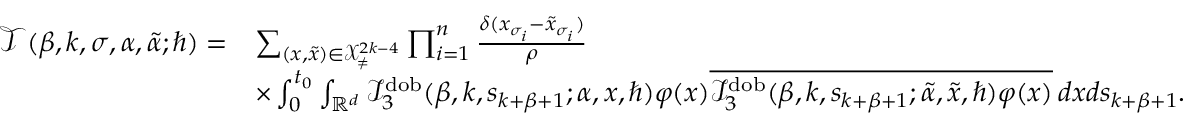
\begin{array} { r l } { \mathcal { T } ( \beta , k , \sigma , \alpha , \tilde { \alpha } ; \hbar ) = } & { \sum _ { ( \boldsymbol { x } , \boldsymbol { \tilde { x } } ) \in \mathcal { X } _ { \neq } ^ { 2 k - 4 } } \prod _ { i = 1 } ^ { n } \frac { \delta ( x _ { \sigma _ { i } } - \tilde { x } _ { \sigma _ { i } } ) } { \rho } } \\ & { \times \int _ { 0 } ^ { t _ { 0 } } \int _ { \mathbb { R } ^ { d } } \mathcal { I } _ { 3 } ^ { \mathrm { d o b } } ( \beta , k , s _ { k + \beta + 1 } ; \alpha , \boldsymbol { x } , \hbar ) \varphi ( x ) \overline { { \mathcal { I } _ { 3 } ^ { \mathrm { d o b } } ( \beta , k , s _ { k + \beta + 1 } ; \tilde { \alpha } , \boldsymbol { \tilde { x } } , \hbar ) \varphi ( x ) } } \, d x d s _ { k + \beta + 1 } . } \end{array}